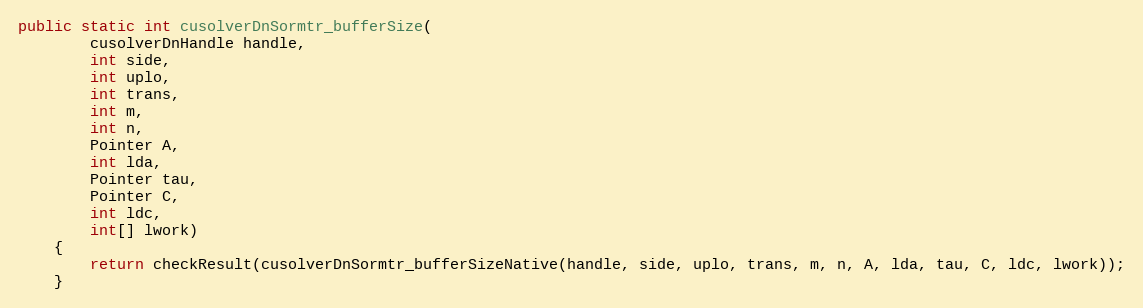
Language: Java
public static int cusolverDnSormtr_bufferSize(
        cusolverDnHandle handle,
        int side,
        int uplo,
        int trans,
        int m,
        int n,
        Pointer A,
        int lda,
        Pointer tau,
        Pointer C,
        int ldc,
        int[] lwork)
    {
        return checkResult(cusolverDnSormtr_bufferSizeNative(handle, side, uplo, trans, m, n, A, lda, tau, C, ldc, lwork));
    }